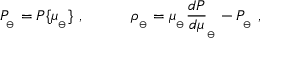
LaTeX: P _ { _ \ominus } = P \{ \mu _ { _ \ominus } \} \ , \qquad \quad \rho _ { _ \ominus } = \mu _ { _ \ominus } { \frac { d P } { d \mu } } _ { _ \ominus } - P _ { _ \ominus } \ ,